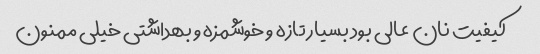
کیفیت نان عالی بود بسیار تازه و خوشمزه و بهداشتی خیلی ممنون